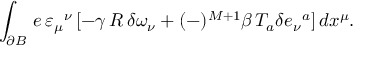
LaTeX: \int _ { \partial B } \, e \, \varepsilon _ { \mu } { } ^ { \nu } \, [ - \gamma \, R \, \delta \omega _ { \nu } + ( - ) ^ { M + 1 } \beta \, T _ { a } \delta e _ { \nu } { } ^ { a } ] \, d x ^ { \mu } .